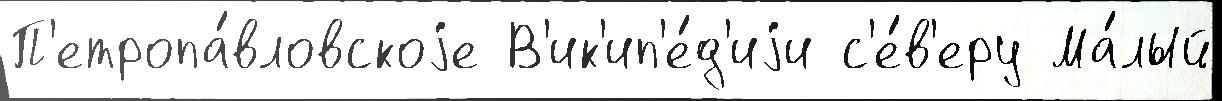
П'етропа́вловскоjе В'ик'ип'е́д'иjи с'е́в'еру Ма́лый